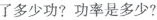
多少功?功率是多少?